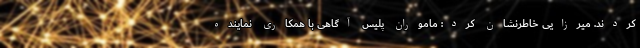
کردند. میرزایی خاطرنشان کرد: ماموران پلیس آگاهی با همکاری نماینده